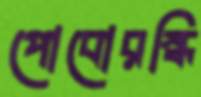
পোবোরস্কি